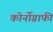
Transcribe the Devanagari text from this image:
कोर्नोग्राफी